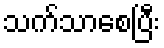
သက်သာစေပြီး